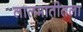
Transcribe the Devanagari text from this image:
लालमातीतला